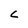
Character: c